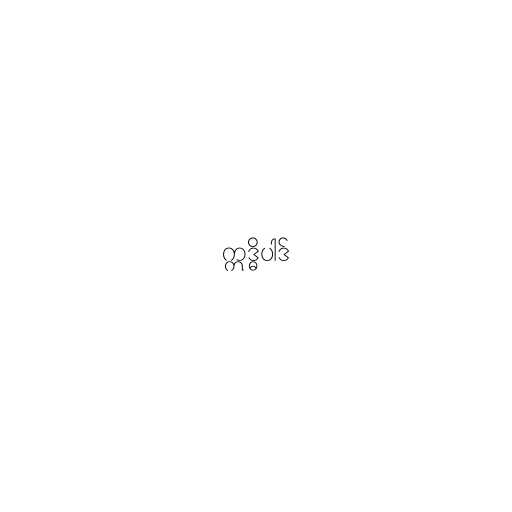
ဣဒ္ဓိပါဒ်